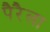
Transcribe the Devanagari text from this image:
पैरैला